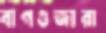
বাগগুজারা